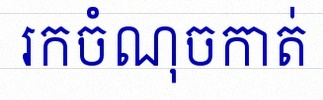
រកចំណុចកាត់